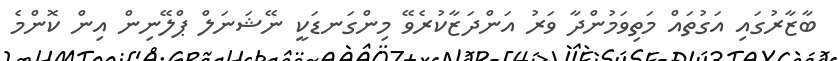
ބާޒާރުގައި އަގުތައް މަތިވަމުންދާ ވަރު އަންދަޒާކުރެވޭ މިންގަނޑަކީ ނޭޝަނަލް ޕްލޭނިން އިން ކޮންމެ